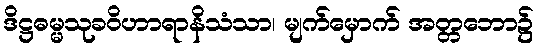
ဒိဋ္ဌဓမ္မသုခဝိဟာရာနိသံသာ၊ မျက်မှောက် အတ္တဘော၌